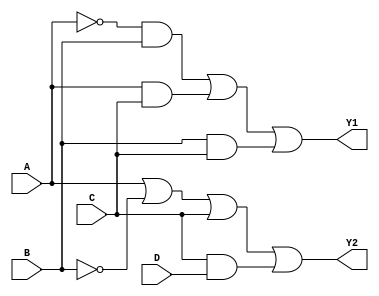
module CombLogicBlock (
    input wire A,        // Input A
    input wire B,        // Input B
    input wire C,        // Input C
    input wire D,        // Input D
    output wire Y1,      // Output Y1
    output wire Y2       // Output Y2
);

// Internal wires for intermediate signals
wire A_not, B_not, C_not, AC, BC, AB;

// Inverting inputs
not (A_not, A);
not (B_not, B);
not (C_not, C);

// Level 1 logic
and (AB, A_not, B);  // A NAND B
and (AC, A, C);      // A AND C
and (BC, B, C);      // B AND C

// Level 2 logic for Y1
or (Y1, AB, AC, BC); // Y1 = A'B + AC + BC

// Level 1 logic for Y2
and (CD, C, D);       // C AND D

// Level 2 logic for Y2
or (Y2, A, B_not, C, CD); // Y2 = A + B'C + CD

endmodule